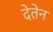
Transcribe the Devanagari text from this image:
देतेन